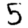
Digit: 5